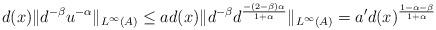
LaTeX: \begin{align*}d(x)\|d^{-\beta}u^{-\alpha}\|_{L^\infty(A)} \leq a d(x) \| d^{-\beta}d^{\frac{-(2-\beta)\alpha}{1+\alpha}}\|_{L^\infty(A)} = a' d(x)^{\frac{1-\alpha-\beta}{1+\alpha}}\end{align*}